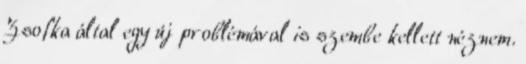
Zsofka által egy új problémával is szembe kellett néznem.